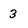
Character: 3